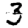
Digit: 3